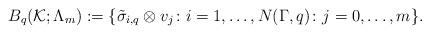
LaTeX: \begin{align*}B_q(\mathcal{K};\Lambda_m):=\{\tilde{\sigma}_{i,q}\otimes v_j\colon i=1,\dots,N(\Gamma,q)\colon j=0,\dots,m\}.\end{align*}